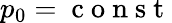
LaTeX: p_{0}=\mathrm{~c~o~n~s~t~}